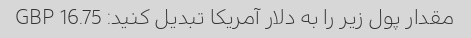
مقدار پول زیر را به دلار آمریکا تبدیل کنید: 16.75 GBP